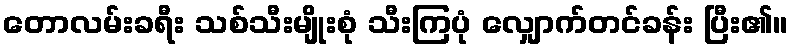
တောလမ်းခရီး သစ်သီးမျိုးစုံ သီးကြပုံ လျှောက်တင်ခန်း ပြီး၏။